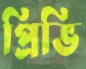
প্রিভি